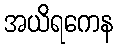
အယိရကေန